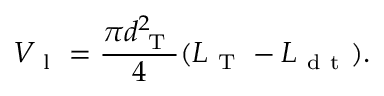
V _ { \mathrm { ~ l ~ } } = \frac { \pi d _ { \mathrm { ~ T ~ } } ^ { 2 } } { 4 } ( L _ { \mathrm { ~ T ~ } } - L _ { \mathrm { ~ d ~ t ~ } } ) .